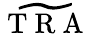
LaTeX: \widetilde{\mathrm{~T~R~A~}}